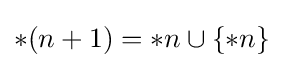
*(n+1)=*n\cup \{*n\}